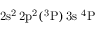
\mathrm { 2 s ^ { 2 } \, 2 p ^ { 2 } ( ^ { 3 } P ) \, 3 s ~ ^ { 4 } P }